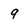
Character: 9